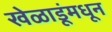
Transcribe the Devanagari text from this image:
खेळाडूंमधून